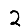
Digit: 2